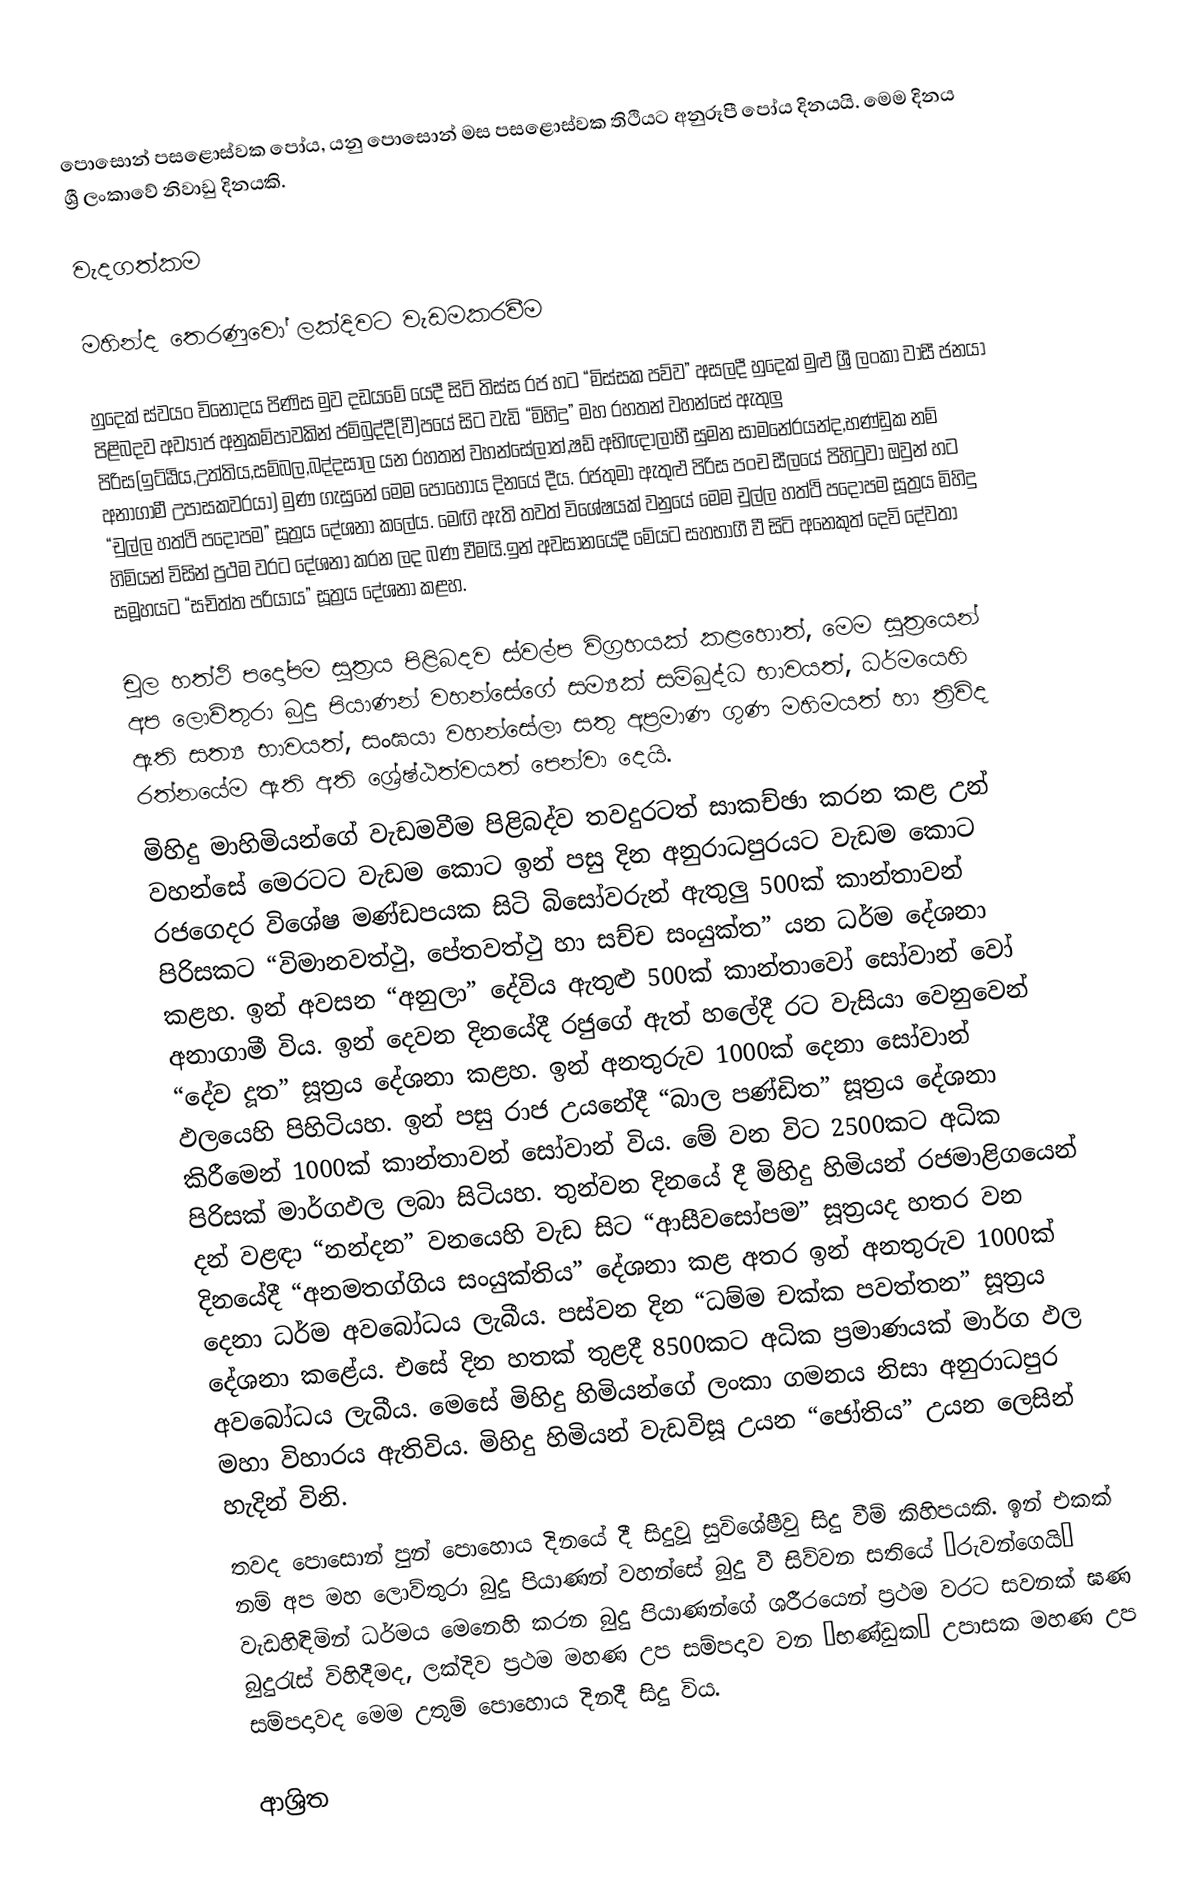
පොසොන් පසළොස්වක පෝය,  යනු පොසොන් මස පසළොස්වක තිථියට අනුරූපී පෝය දිනයයි. මෙම දිනය ශ්‍රී ලංකාවේ නිවාඩු දිනයකි.

වැදගත්කම

මහින්ද තෙරණුවෝ ලක්දිවට වැඩමකරවීම

හුදෙක් ස්වයං විනෝදය පිණිස මුව දඩයමේ යෙදී සිටි තිස්ස රජ හට “මිස්සක පව්ව” අසලදී හුදෙක් මුළු ශ්‍රී ලංකා වාසී ජනයා පිළිබදව අව්‍යාජ අනුකම්පාවකින් ජම්බුද්දී(වී)පයේ සිට වැඩි “මිහිදු” මහ රහතන් වහන්සේ ඇතුලු පිරිස(ඉට්ඨිය,උත්තිය,සම්බල,බද්දසාල යන රහතන් වහන්සේලාත්,ෂඩ් අභිඥාලාභී සුමන සාමනේරයන්ද,භණ්ඩුක නම් අනාගාමී උපාසකවරයා) මුණ ගැසුනේ මෙම පොහොය දිනයේ දීය. රජතුමා ඇතුළු පිරිස පංච සීලයේ පිහිටුවා ඔවුන් හට “චුල්ල හත්ථි පදෝපම” සූත්‍රය දේශනා කලේය. මෙඟි ඇති තවත් විශේෂයක් වනුයේ මෙම චුල්ල හත්ථි පදෝපම සූත්‍රය මිහිදු හිමියන් විසින් ප්‍රථම වරට දේශනා කරන ලද බණ වීමයි.ඉන් අවසානයේදී මේයට සහභාගී වී සිටි අනෙකුත් දෙවි දේවතා සමූහයට “සචිත්ත පරියාය” සූත්‍රය දේශනා කළහ.

චූල හත්ථි පදෝපම සූත්‍රය පිළිබදව ස්වල්ප විග්‍රහයක් කළහොත්, මෙම සූත්‍රයෙන් අප ලොව්තුරා බුදු පියාණන් වහන්සේගේ සම්‍යක් සම්බුද්ධ භාවයත්, ධර්මයෙහි ඇති සත්‍ය භාවයත්, සංඝයා වහන්සේලා සතු අප්‍රමාණ ගුණ මහිමයත් හා ත්‍රිවිද රත්නයේම ඇති අති ශ්‍රේෂ්ඨත්වයත් පෙන්වා දෙයි.
මිහිදු මාහිමියන්ගේ වැඩමවීම පිළිබද්ව තවදුරටත් සාකච්ඡා කරන කළ උන් වහන්සේ මෙරටට වැඩම කොට ඉන් පසු දින අනුරාධපුරයට වැඩම කොට රජගෙදර විශේෂ මණ්ඩපයක සිටි බිසෝවරුන් ඇතුලු 500ක් කාන්තාවන් පිරිසකට “විමානවත්ථු, පේතවත්ථු හා සච්ච සංයුක්ත” යන ධර්ම දේශනා කළහ. ඉන් අවසන “අනුලා” දේවිය ඇතුළු 500ක් කාන්තාවෝ සෝවාන් වෝ අනාගාමී විය. ඉන් දෙවන දිනයේදී රජුගේ ඇත් හලේදී රට වැසියා වෙනුවෙන්  “දේව දූත” සූත්‍රය දේශනා කළහ. ඉන් අනතුරුව 1000ක් දෙනා  සෝවාන් ඵලයෙහි පිහිටියහ. ඉන් පසු රාජ උයනේදී “බාල පණ්ඩිත” සූත්‍රය දේශනා කිරීමෙන් 1000ක් කාන්තාවන් සෝවාන් විය. මේ වන විට 2500කට අධික පිරිසක් මාර්ගඵල ලබා සිටියහ. තුන්වන දිනයේ දී මිහිදු හිමියන් රජමාළිගයෙන් දන් වළඳා “නන්දන” වනයෙහි වැඩ සිට “ආසීවසෝපම” සූත්‍රයද හතර වන දිනයේදී “අනමතග්ගිය සංයුක්තිය” දේශනා කළ අතර ඉන් අනතුරුව 1000ක් දෙනා  ධර්ම අවබෝධය ලැබීය. පස්වන දින “ධම්ම චක්ක පවත්තන” සූත්‍රය දේශනා කළේය. එසේ දින හතක් තුළදී 8500කට අධික ප්‍රමාණයක් මාර්ග ඵල අවබෝධය ලැබීය. මෙසේ මිහිදු හිමියන්ගේ ලංකා ගමනය නිසා අනුරාධපුර මහා විහාරය ඇතිවිය. මිහිදු හිමියන් වැඩවිසූ උයන “ජෝතිය” උයන ලෙසින් හැදින් විනි.
තවද පොසොන් පුන් පොහොය දිනයේ දී සිදුවූ සුවිශේෂීවු සිදු වීම් කිහිපයකි. ඉන් එකක් නම් අප මහ ලොව්තුරා බුදු පියාණන් වහන්සේ බුදු වී සිව්වන සතියේ “රුවන්ගෙයි” වැඩහිඳිමින් ධර්මය මෙනෙහි කරන බුදු පියාණන්ගේ ශරීරයෙන් ප්‍රථම වරට සවනක් ඝණ බුදුරැස් විහිදීමද,  ලක්දිව ප්‍රථම මහණ උප සම්පදාව වන “භණ්ඩුක” උපාසක මහණ උප සම්පදාවද මෙම උතුම් පොහොය දිනදී සිදු විය.

ආශ්‍රිත